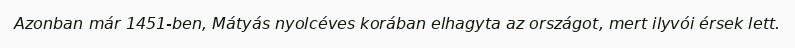
Azonban már 1451-ben, Mátyás nyolcéves korában elhagyta az országot, mert ilyvói érsek lett.